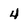
Character: 4